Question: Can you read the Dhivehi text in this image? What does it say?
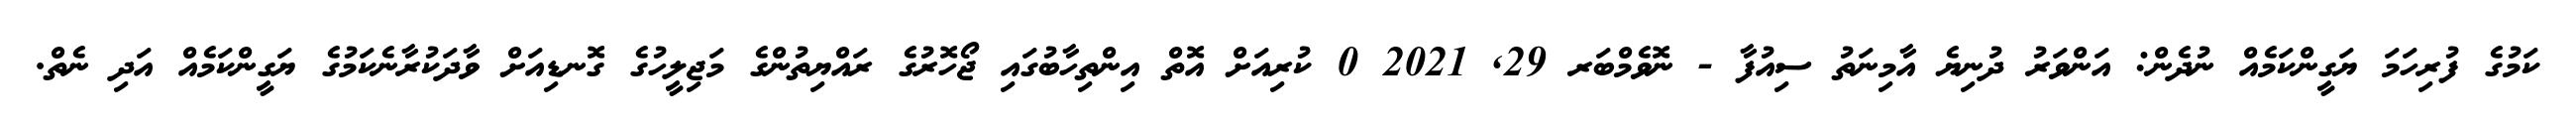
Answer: ކަމުގެ ފުރިހަމަ ޔަގީންކަމެއް ނުދެން: އަންވަރު ދުނިޔެ އާމިނަތު ސިއުފާ - ނޮވެމްބަރ 29, 2021 0 ކުރިއަށް އޮތް އިންތިހާބުގައި ޖޯހޮރުގެ ރައްޔިތުންގެ މަޖިލީހުގެ ގޮނޑިއަށް ވާދަކުރާނެކަމުގެ ޔަގީންކަމެއް އަދި ނެތް.